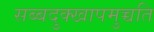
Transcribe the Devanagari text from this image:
सब्बदुक्खापमुच्चति